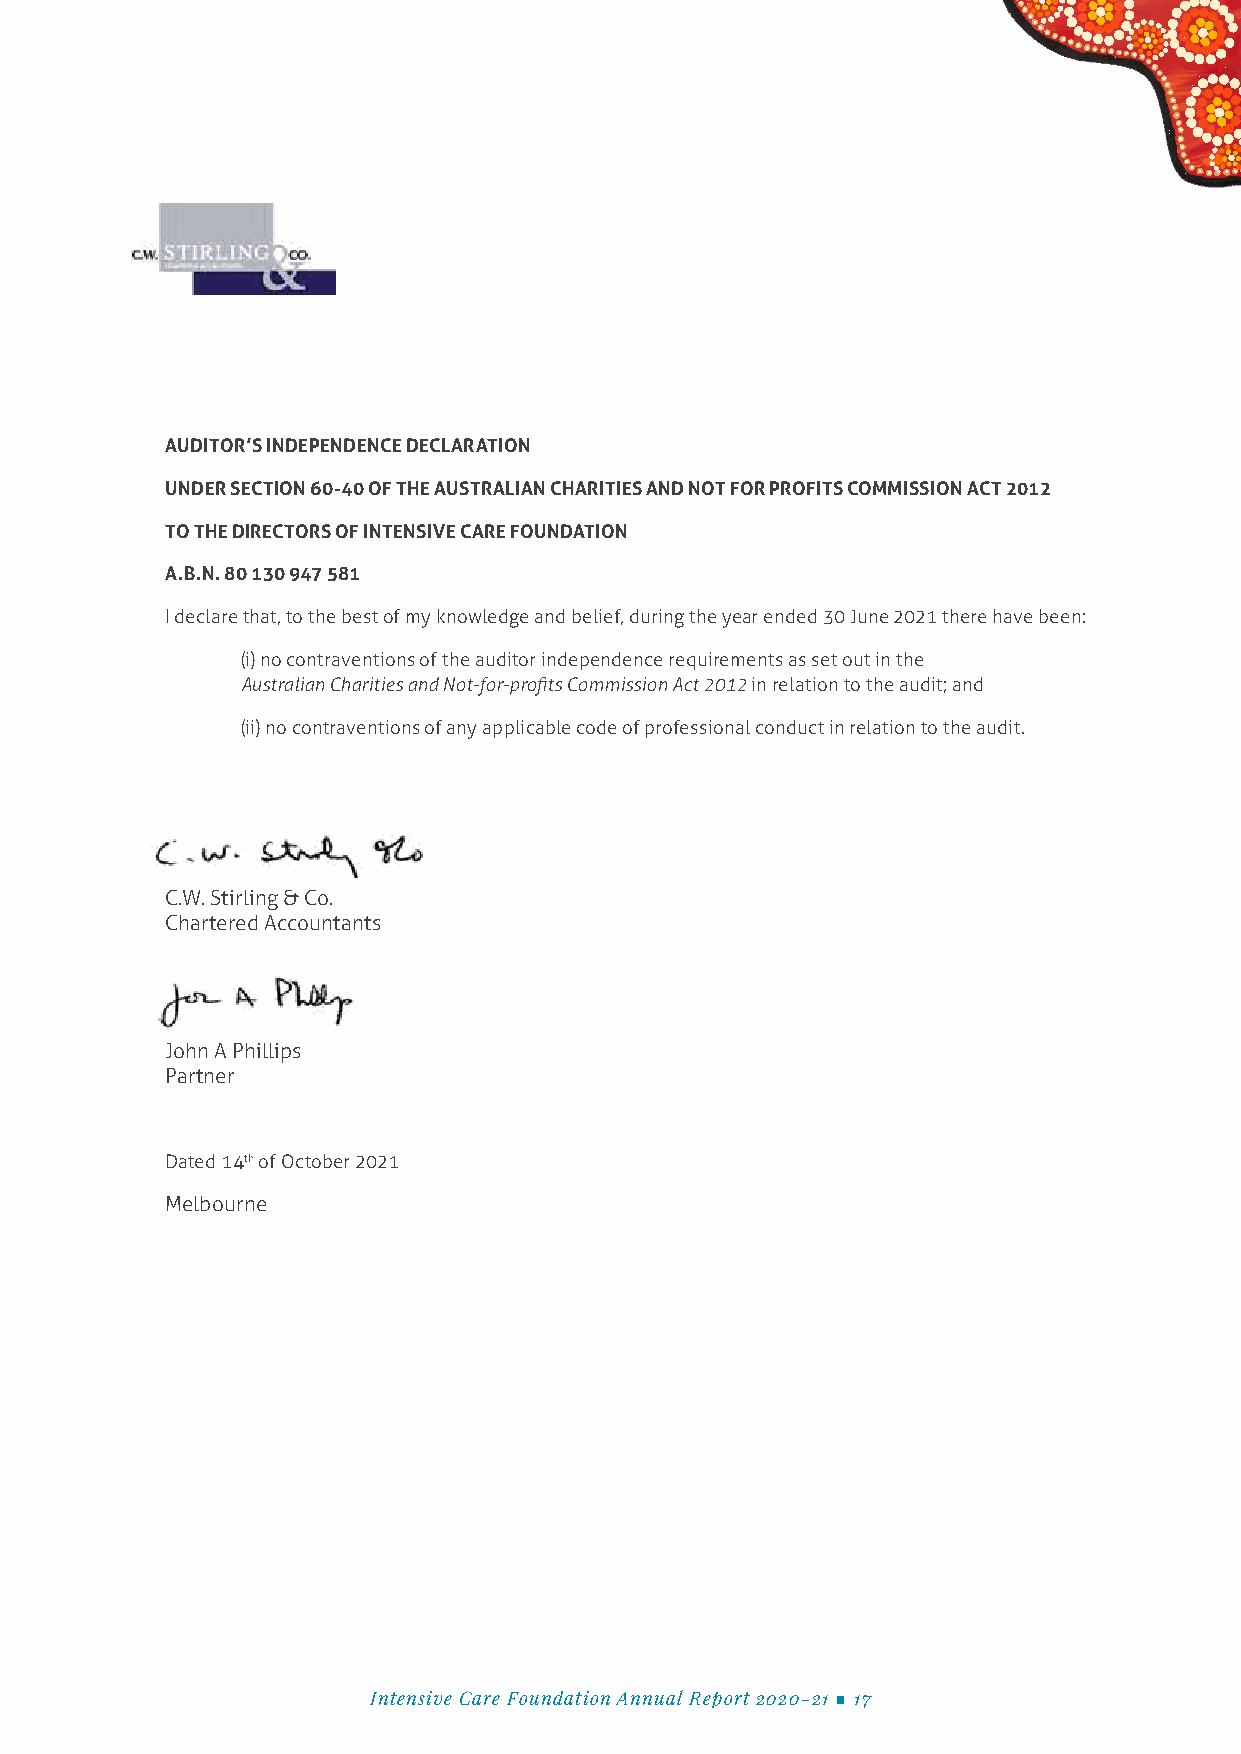
AUDITOR’S INDEPENDENCE DECLARATION
 UNDER SECTION 60-40 OF THE AUSTRALIAN CHARITIES AND NOT FOR PROFITS COMMISSION ACT 2012
 TO THE DIRECTORS OF INTENSIVE CARE FOUNDATION
 A.B.N. 80 130 947 581
 I declare that, to the best of my knowledge and belief, during the year ended 30 June 2021 there have been:
 (i) no contraventions of the auditor independence requirements as set out in the
 Australian Charities and Not-for-profits Commission Act 2012 in relation to the audit; and
 (ii) no contraventions of any applicable code of professional conduct in relation to the audit.
 C.W. Stirling & Co.
 Chartered Accountants
 John A Phillips
 Partner
 Dated 14th of October 2021
 Melbourne
 Intensive Care Foundation Annual Report 2020-21 ■ 17